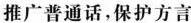
推广普通话，保护方言